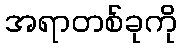
အရာတစ်ခုကို